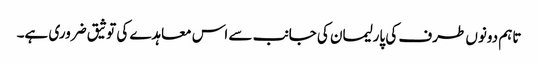
تاہم دونوں طرف کی پارلیمان کی جانب سے اس معاہدے کی توثیق ضروری ہے۔